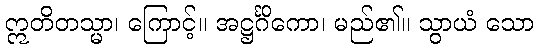
ဣတိတသ္မာ၊ ကြောင့်။ အဋ္ဌင်္ဂိကော၊ မည်၏။ သွာယံ သော